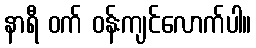
နာရီ ဝက် ဝန်းကျင်လောက်ပါ။